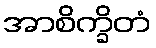
အာစိက္ခိတံ